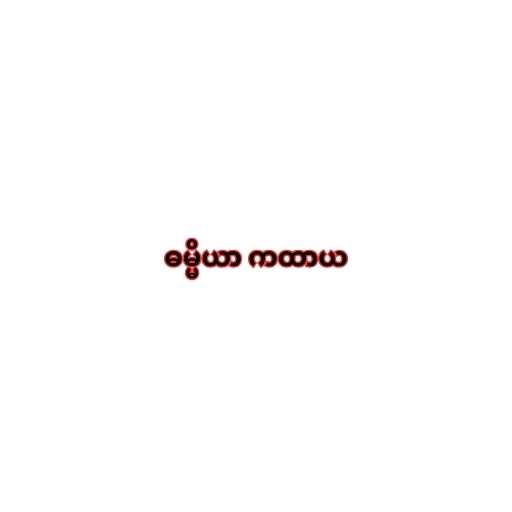
ဓမ္မိယာ ကထာယ